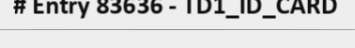
# Entry 83636 - TD1_ID_CARD